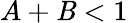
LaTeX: A+\mathit{B}<1